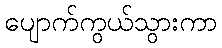
ပျောက်ကွယ်သွားကာ